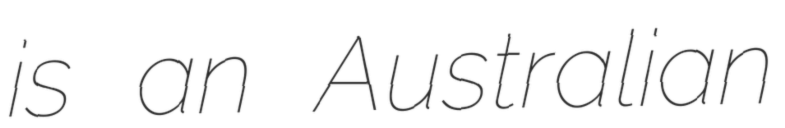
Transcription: is an Australian